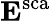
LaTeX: \mathbf{E}^{\mathrm{sca}}